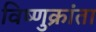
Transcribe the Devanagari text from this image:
विष्णुक्रांता